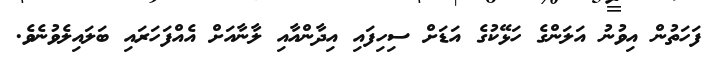
ފަހަތުން އިވުނު އަލަންގެ ހަޅޭކުގެ އަޑަށް ސިހިފައި އިދާންއާއި ލާނާއަށް އެއްފަހަރައި ބަލައިލެވުނެވެ.